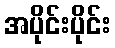
အပိုင်းပိုင်း